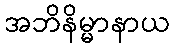
အဘိနိမ္မာနာယ